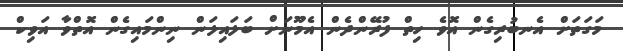
މަގަތަށް އެނބުރިގެން އޮވެ ހިތް ފުރޭންދެން އެމޫނަށް ބަލައިލަން ނިންމައިގެން އޮތްވާ އަވިކް